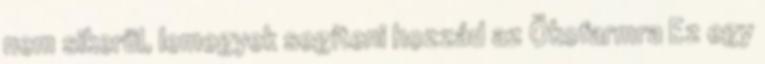
nem sikerül, lemegyek segíteni hozzád az Ökofarmra Ez egy